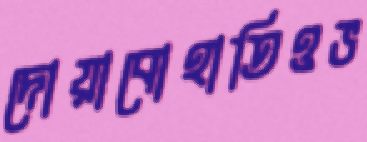
দোয়াবোহাতিওভ